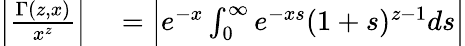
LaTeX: \begin{array}{rl}{\Big|\frac{\Gamma(z,x)}{x^{z}}\Big|}&{{}=\Big|e^{-x}\int_{0}^{\infty}e^{-xs}(1+s)^{z-1}ds\Big|}\end{array}